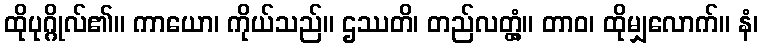
ထိုပုဂ္ဂိုလ်၏။ ကာယော၊ ကိုယ်သည်။ ဌဿတိ၊ တည်လတ္တံ့။ တာဝ၊ ထိုမျှလောက်။ နံ၊